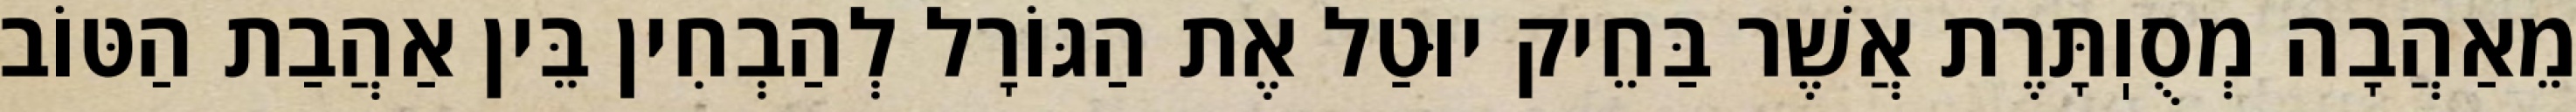
מֵאַהֲבָה מְסֻוֽתָּרֶת אֲשֶׁר בַּחֵיק יוּטַל אֶת הַגּוֹרָל לְהַבְחִין בֵּין אַהֲבַת הַטּוֹב